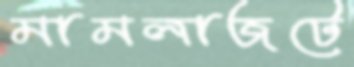
মামলাজটে